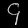
Digit: ၄